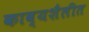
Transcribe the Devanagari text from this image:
काव्यशैलीत